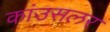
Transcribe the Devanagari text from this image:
कांउसलर